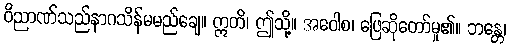
ဝိညာဏ်သည်နာဂသိန်မမည်ချေ။ ဣတိ၊ ဤသို့။ အဝေါစ၊ ဖြေဆိုတော်မူ၏။ ဘန္တေ၊